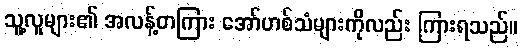
သူ့လူများ၏ အလန့်တကြား အော်ဟစ်သံများကိုလည်း ကြားရသည်။